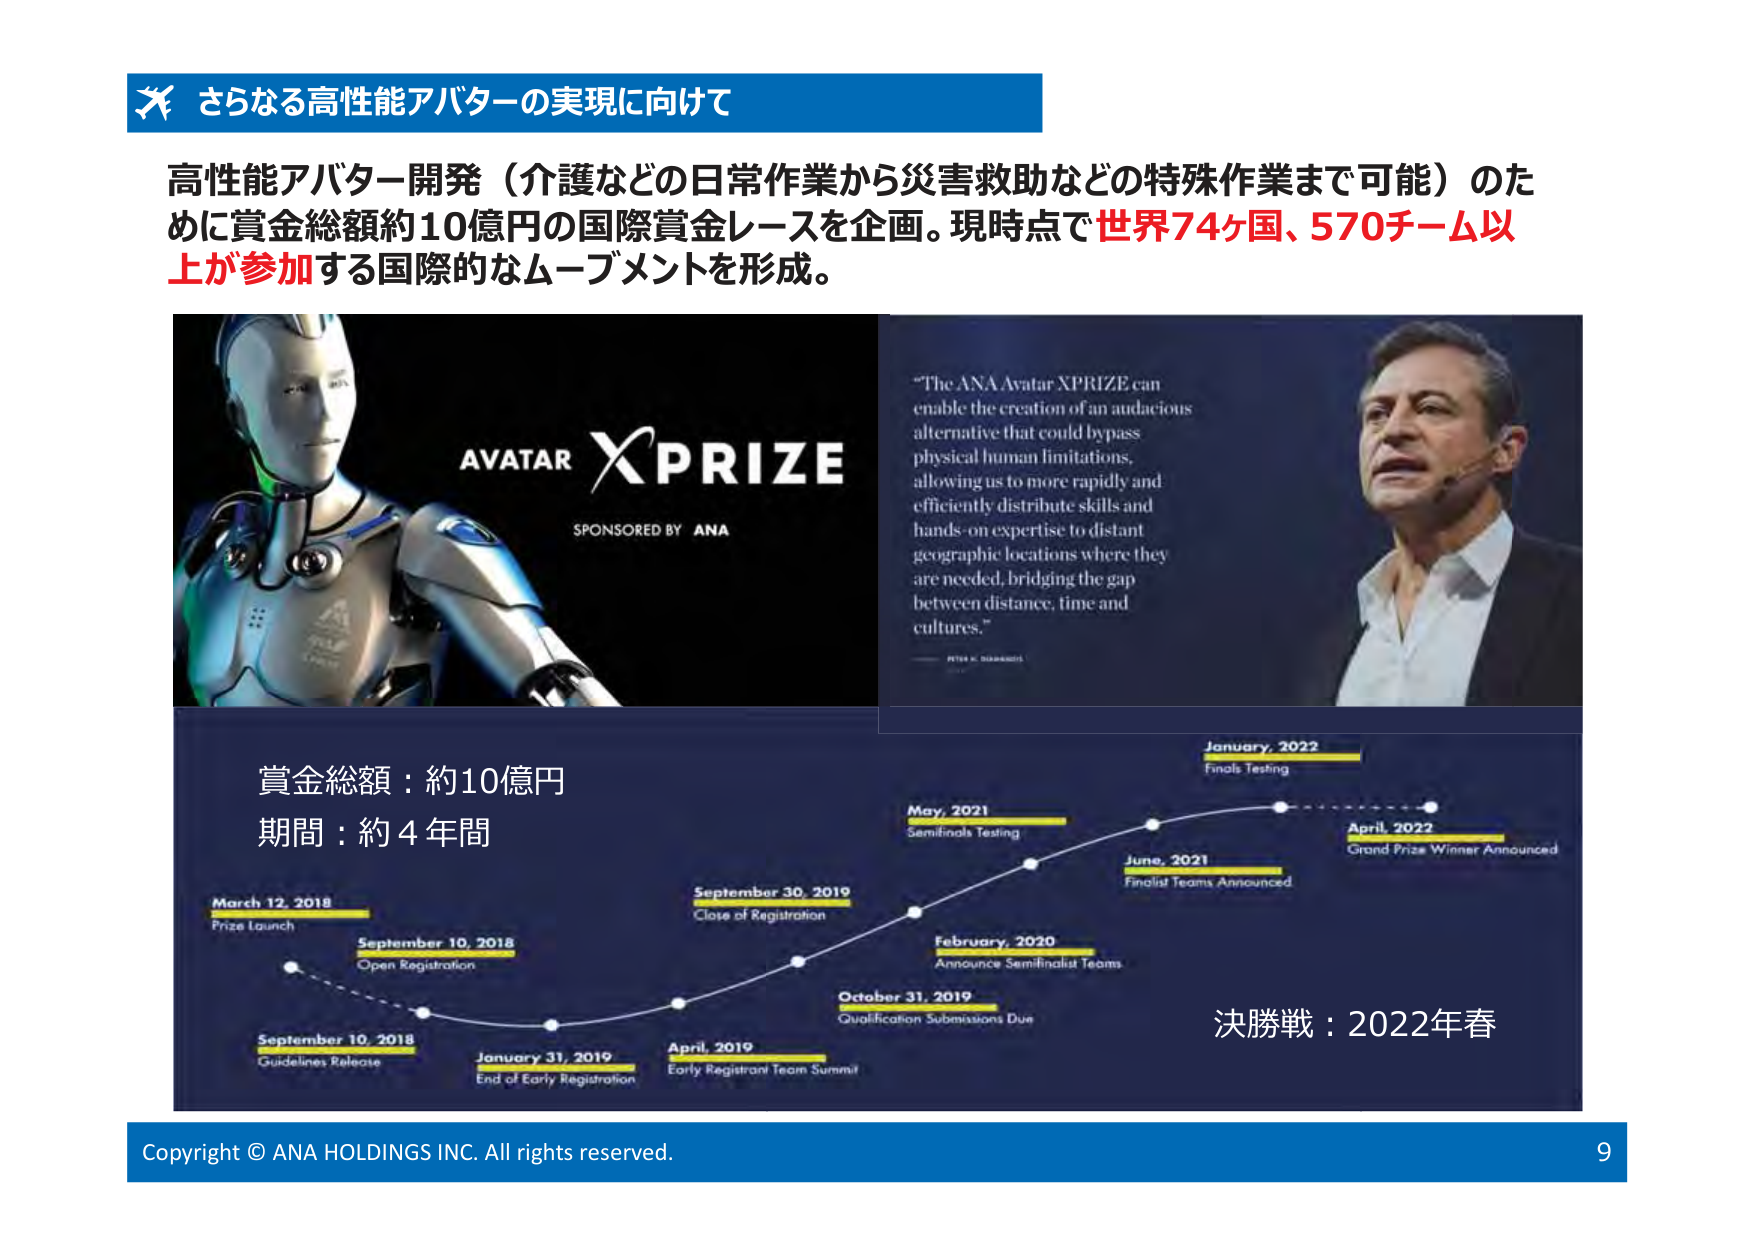
さらなる高性能アバターの実現に向けて

高性能アバター開発（介護などの日常作業から災害救助などの特殊作業まで可能）のために賞金総額約10億円の国際賞金レースを企画。現時点で世界74ヶ国、570チーム以上が参加する国際的なムーブメントを形成。

AVATAR XPRIZE
SPONSORED BY ANA

“The ANA Avatar XPRIZE can enable the creation of an audacious alternative that could bypass physical human limitations, allowing us to more rapidly and efficiently distribute skills and hands-on expertise to distant geographic locations where they are needed, bridging the gap between distance, time and cultures.”
— PETER H. DIAMANDIS

賞金総額：約10億円
期間：約4年間

March 12, 2018
Prize Launch

September 10, 2018
Open Registration

September 10, 2018
Guidelines Release

January 31, 2019
End of Early Registration

April, 2019
Early Registrant Team Summit

September 30, 2019
Close of Registration

October 31, 2019
Qualification Submissions Due

February, 2020
Announce Semifinalist Teams

May, 2021
Semifinals Testing

June, 2021
Finalist Teams Announced

January, 2022
Finals Testing

April, 2022
Grand Prize Winner Announced

決勝戦：2022年春

Copyright © ANA HOLDINGS INC. All rights reserved.
9